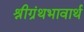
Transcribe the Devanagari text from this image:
श्रीग्रंथभावार्थ